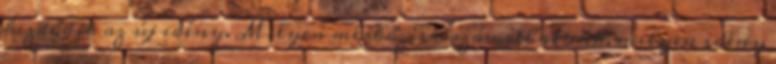
kezdődik az új idény. Milyen mérkőzésre számíthatunk, milyen idény